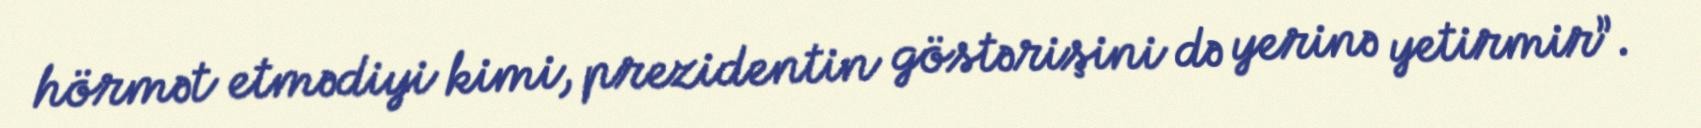
hörmət etmədiyi kimi, prezidentin göstərişini də yerinə yetirmir”.